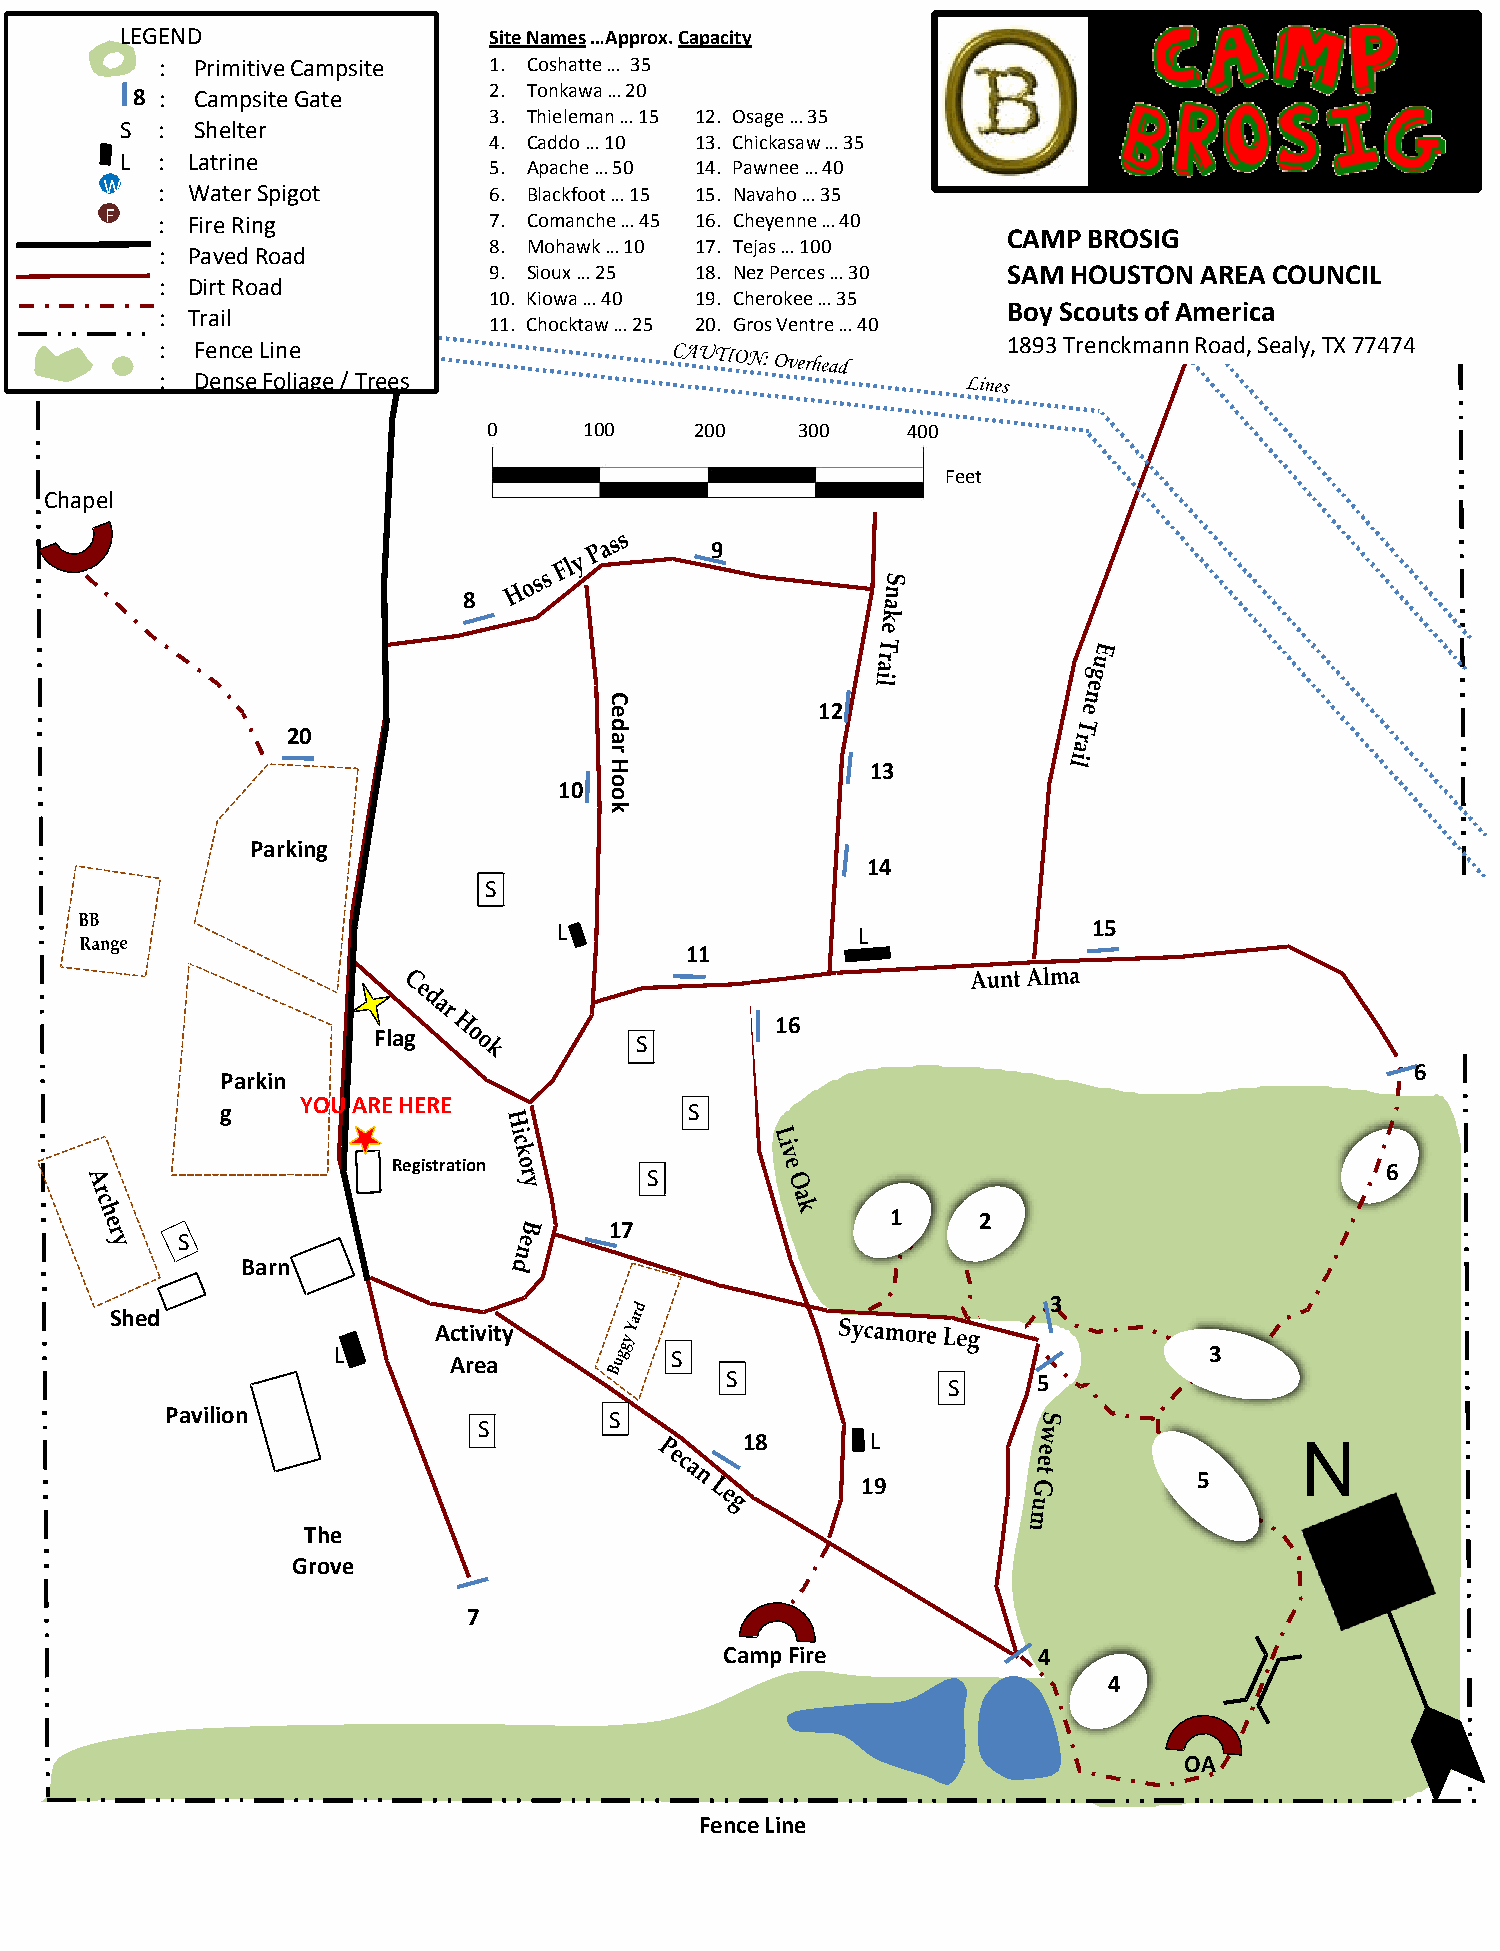
LEGEND                  Site Names …Approx. Capacity
 : Primitive Campsite 1. Coshatte … 35
 8 : Campsite Gate      2. Tonkawa … 20
 3. Thieleman … 15 12. Osage … 35
 S :  Shelter
 4. Caddo … 10 13. Chickasaw … 35
 L : Latrine
 5. Apache … 50 14. Pawnee … 40
 W  : Water Spigot        6. Blackfoot … 15 15. Navaho … 35
 F  : Fire Ring           7. Comanche … 45 16. Cheyenne … 40
 CAMP BROSIG
 8. Mohawk … 10 17. Tejas … 100
 : Paved Road
 9. Sioux … 25 18. Nez Perces … 30  SAM HOUSTON AREA COUNCIL
 : Dirt Road
 10. Kiowa … 40 19. Cherokee … 35
 Boy Scouts of America
 : Trail
 11. Chocktaw … 25 20. Gros Ventre … 40
 : Fence Line                                            1893 Trenckmann Road, Sealy, TX 77474
 : Dense Foliage / Trees
 0      100    200    300    400
 Feet
 Chapel
 9
 8
 C
 e             12
 d
 20
 a
 r
 H                 13
 10 o
 o
 k
 Parking
 14
 S
 L                   L              15
 11
 16
 Flag             S
 6
 Parkin
 YOU ARE HERE
 g                              S
 Registration     S                                                6
 1     2
 17
 S
 Barn
 3
 Shed
 Activity
 L       Area          S                                   3
 S              S     5
 Pavilion                     S
 S
 18       L                           N
 19                    5
 The
 Grove
 7
 Camp Fire            4
 4
 OA
 Fence Line